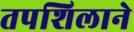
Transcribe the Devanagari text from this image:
तपशिलाने